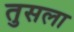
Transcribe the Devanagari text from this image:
तुसला